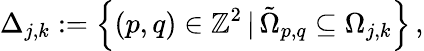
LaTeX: \Delta_{j,k}:=\left\{ (p,q)\in\mathbb{Z}^{2}\, \vert\, \tilde{\Omega}_{p,q}\subseteq\Omega_{j,k}\right\} \, ,